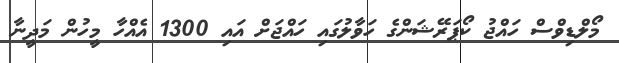
މޯލްޑިވްސް ހައްޖު ކޯޕަރޭޝަންގެ ހަވާލުގައި ހައްޖަށް އައި 1300 އެއްހާ މީހުން މަދީނާ